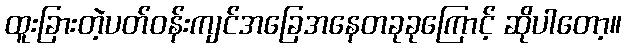
ထူးခြားတဲ့ပတ်ဝန်းကျင်အခြေအနေတခုခုကြောင့် ဆိုပါတော့။